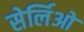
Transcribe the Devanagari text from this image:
सेर्लिओ